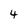
Character: 4